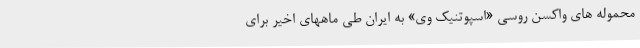
محموله های واکسن روسی «اسپوتنیک وی» به ایران طی ماههای اخیر برای